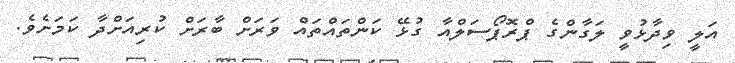
އަލީ ވިދާޅުވީ ލަގާންގެ ޕްރޮޕޯސަލްއާ ގުޅޭ ކަންތައްތައް ވަރަށް ބާރަށް ކުރިއަށްދާ ކަމަށެވެ.